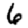
Digit: 6